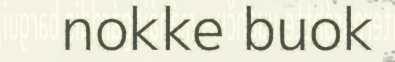
nokke buok